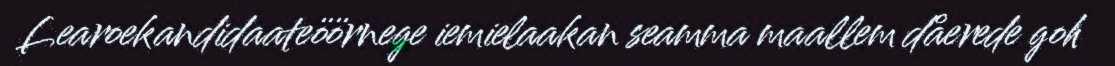
Learoekandidaateöörnege iemielaakan seamma maallem dåerede goh